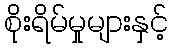
စိုးရိမ်မှုများနှင့်